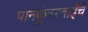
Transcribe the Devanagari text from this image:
पानकुंवरताईंचे